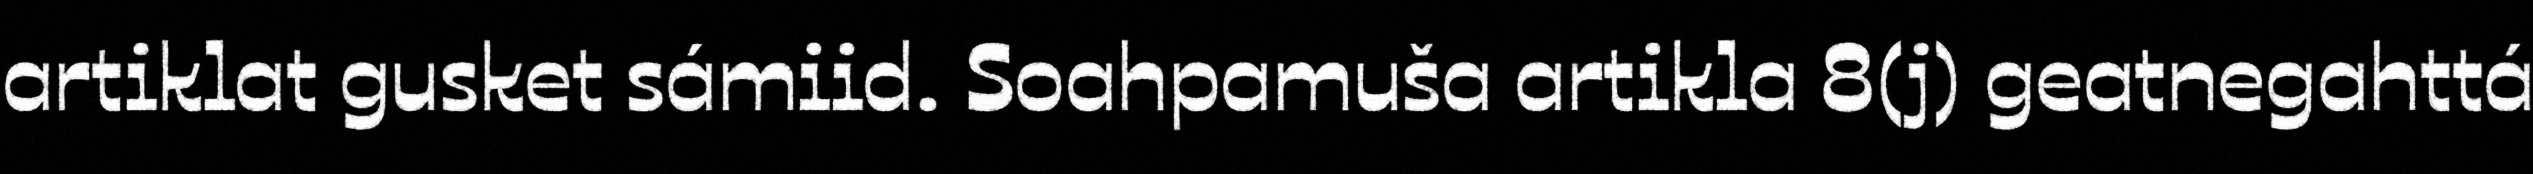
artiklat gusket sámiid. Soahpamuša artikla 8(j) geatnegahttá